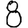
Digit: 8